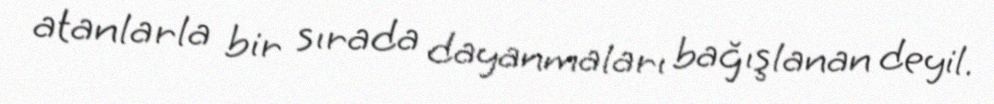
atanlarla bir sırada dayanmaları bağışlanan deyil.